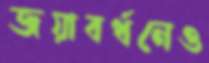
জয়াবর্ধনেও